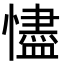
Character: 𢣺